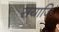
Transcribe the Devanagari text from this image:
सयाजि